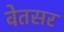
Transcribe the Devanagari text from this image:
वेतसर